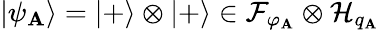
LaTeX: |\psi_{\mathbf{A}}\rangle=|+\rangle\otimes|+\rangle\in\mathcal{{F}}_{\varphi_{\mathbf{A}}}\otimes\mathcal{{H}}_{q_{\mathbf{A}}}